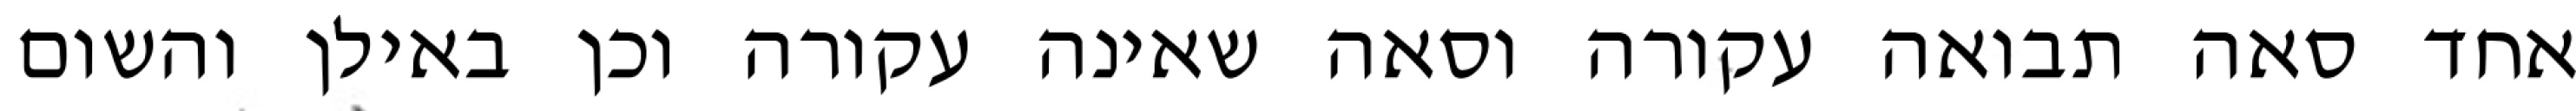
אחד סאה תבואה עקורה וסאה שאינה עקורה וכן באילן והשום